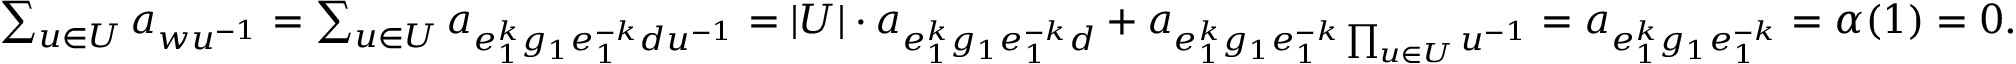
\begin{array} { r } { \sum _ { u \in U } a _ { w u ^ { - 1 } } = \sum _ { u \in U } a _ { e _ { 1 } ^ { k } g _ { 1 } e _ { 1 } ^ { - k } d u ^ { - 1 } } = | U | \cdot a _ { e _ { 1 } ^ { k } g _ { 1 } e _ { 1 } ^ { - k } d } + a _ { e _ { 1 } ^ { k } g _ { 1 } e _ { 1 } ^ { - k } \prod _ { u \in U } u ^ { - 1 } } = a _ { e _ { 1 } ^ { k } g _ { 1 } e _ { 1 } ^ { - k } } = \alpha ( 1 ) = 0 . } \end{array}